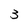
Character: 3